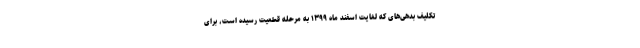
تکلیف بدهی‌های که لغایت اسفند ماه ۱۳۹۹ به مرحله قطعیت رسیده است، برای